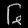
Digit: ၆